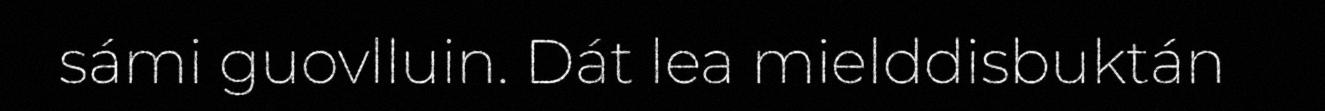
sámi guovlluin. Dát lea mielddisbuktán